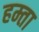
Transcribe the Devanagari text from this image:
हम्ता